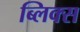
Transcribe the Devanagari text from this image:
ब्लिक्स